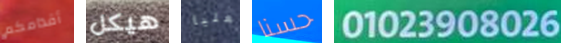
أقدامكم هيكل فعليا حسنا 01023908026